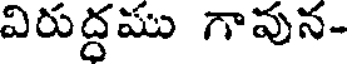
విరుద్దము గావున-